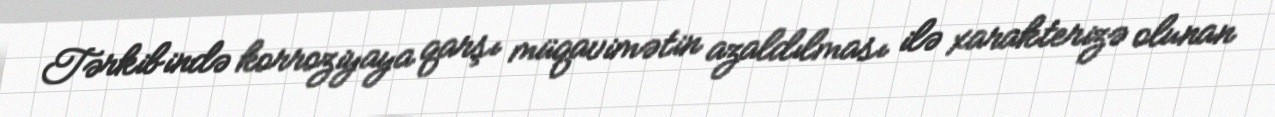
Tərkibində korroziyaya qarşı müqavimətin azaldılması ilə xarakterizə olunan